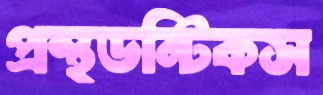
প্রস্থডন্টিকস